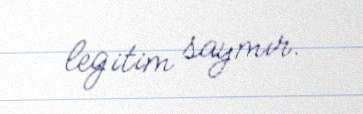
legitim saymır.